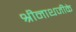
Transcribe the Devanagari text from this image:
श्रीनाथजीके